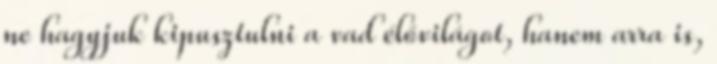
ne hagyjuk kipusztulni a vad élővilágot, hanem arra is,